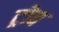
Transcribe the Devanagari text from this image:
ट्रोव